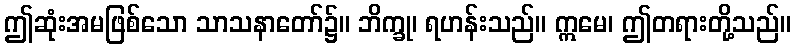
ဤဆုံးအမဖြစ်သော သာသနာတော်၌။ ဘိက္ခု၊ ရဟန်းသည်။ ဣမေ၊ ဤတရားတို့သည်။